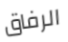
الرفاق